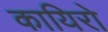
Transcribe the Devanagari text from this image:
कायिरो